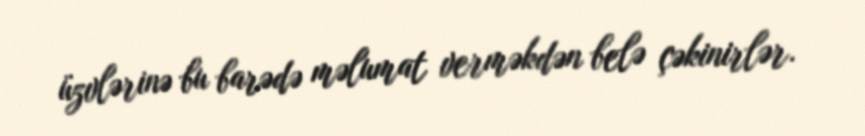
üzvlərinə bu barədə məlumat verməkdən belə çəkinirlər.